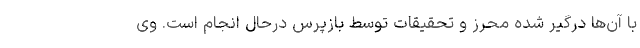
با آن‌ها درگیر شده محرز و تحقیقات توسط بازپرس درحال انجام است. وی